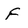
Character: F